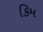
કિમ